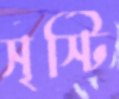
সৃস্টি